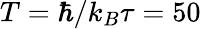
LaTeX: T=\hbar/k_{B}\tau=50